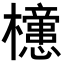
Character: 𣟻